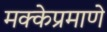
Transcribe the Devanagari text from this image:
मक्केप्रमाणे